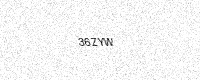
Text: 36ZYW